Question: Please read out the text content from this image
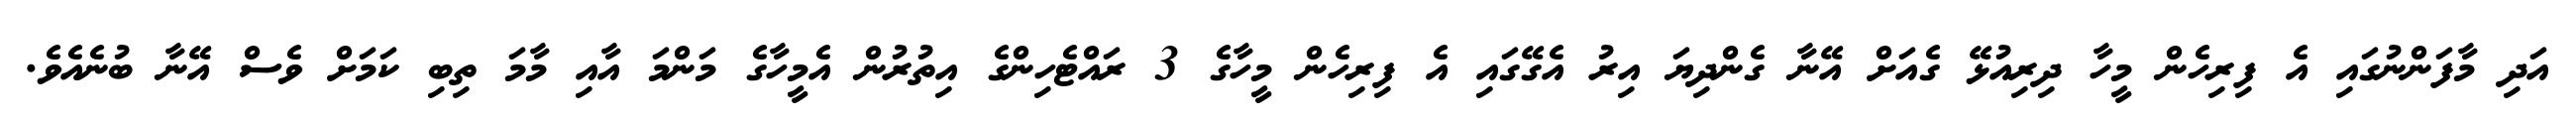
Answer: އަދި މާފަންނުގައި އެ ފިރިހެން މީހާ ދިރިއުޅޭ ގެއަށް އޭނާ ގެންދިޔަ އިރު އެގޭގައި އެ ފިރިހެން މީހާގެ 3 ރައްޓެހިންގެ އިތުރުން އެމީހާގެ މަންމަ އާއި މާމަ ތިބި ކަމަށް ވެސް އޭނާ ބުނެއެވެ.